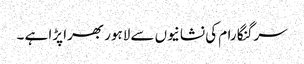
سرگنگا رام کی نشانیوں سے لاہور بھرا پڑا ہے ۔